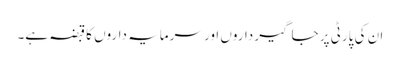
ان کی پارٹی پر جاگیر داروں اور سرمایہ داروں کا قبضہ ہے۔